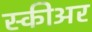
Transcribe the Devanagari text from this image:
स्कीअर